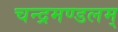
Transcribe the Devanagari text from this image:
चन्द्रमण्डलम्